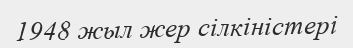
1948 жыл жер сілкіністері